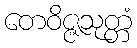
တေဝိဇ္ဇသုတ္တံ